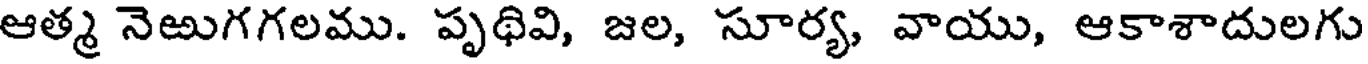
ఆత్మ నెఱుగగలము. పృథివి, జల, సూర్య, వాయు, ఆకాశాదులగు